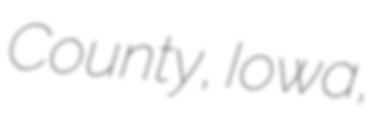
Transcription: County, Iowa,